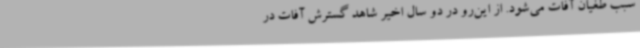
سبب طغیان آفات می‌شود. از این‌رو در دو سال اخیر شاهد گسترش آفات در